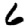
Digit: 6